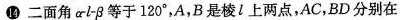
14二面角α-l-β等于120°，A，B是棱l上两点，AC，BD分别在